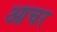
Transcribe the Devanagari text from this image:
आचर